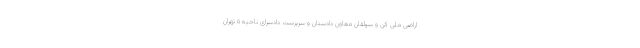
اراضی ملی کن و سولقان معاون دادستان و سرپرست دادسرای ناحیه ٥ تهران